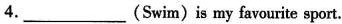
4.___(Swim)is my favourite sport。